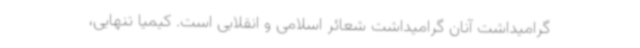
گرامیداشت آنان گرامیداشت شعائر اسلامی و انقلابی است. کیمیا تنهایی،